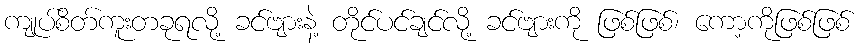
ကျုပ်စိတ်ကူးတခုရလို့ ခင်ဗျားနဲ့ တိုင်ပင်ချင်လို့ ခင်ဗျားကို ဖြစ်ဖြစ်၊ ကော့ကိုဖြစ်ဖြစ်